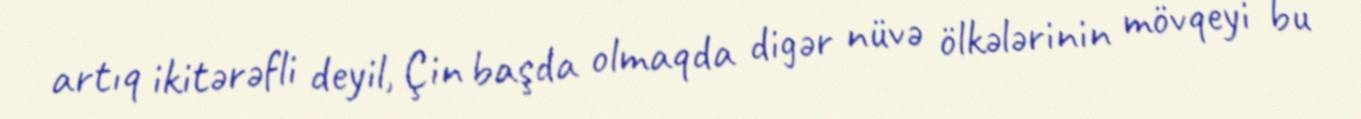
artıq ikitərəfli deyil, Çin başda olmaqda digər nüvə ölkələrinin mövqeyi bu